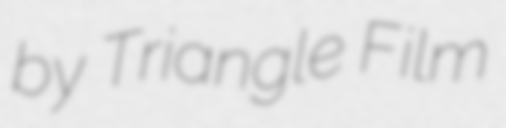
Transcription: by Triangle Film